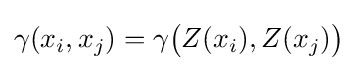
\gamma (x_{i},x_{j})=\gamma {\big (}Z(x_{i}),Z(x_{j}){\big )}